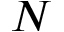
N